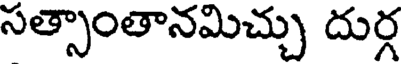
సత్సాంతానమిచ్చు దుర్గ